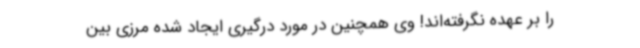
را بر عهده نگرفته‌اند! وی همچنین در مورد درگیری ایجاد شده مرزی بین